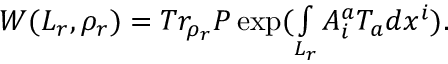
W ( L _ { r } , \rho _ { r } ) = T r _ { \rho _ { r } } P \exp ( \smallint _ { L _ { r } } A _ { i } ^ { a } T _ { a } d x ^ { i } ) .